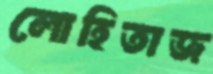
লোহিতাজ